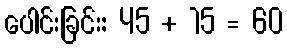
ပေါင်းခြင်း: 45 + 15 = 60